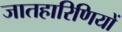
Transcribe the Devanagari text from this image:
जातहारिणियों